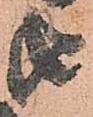
由